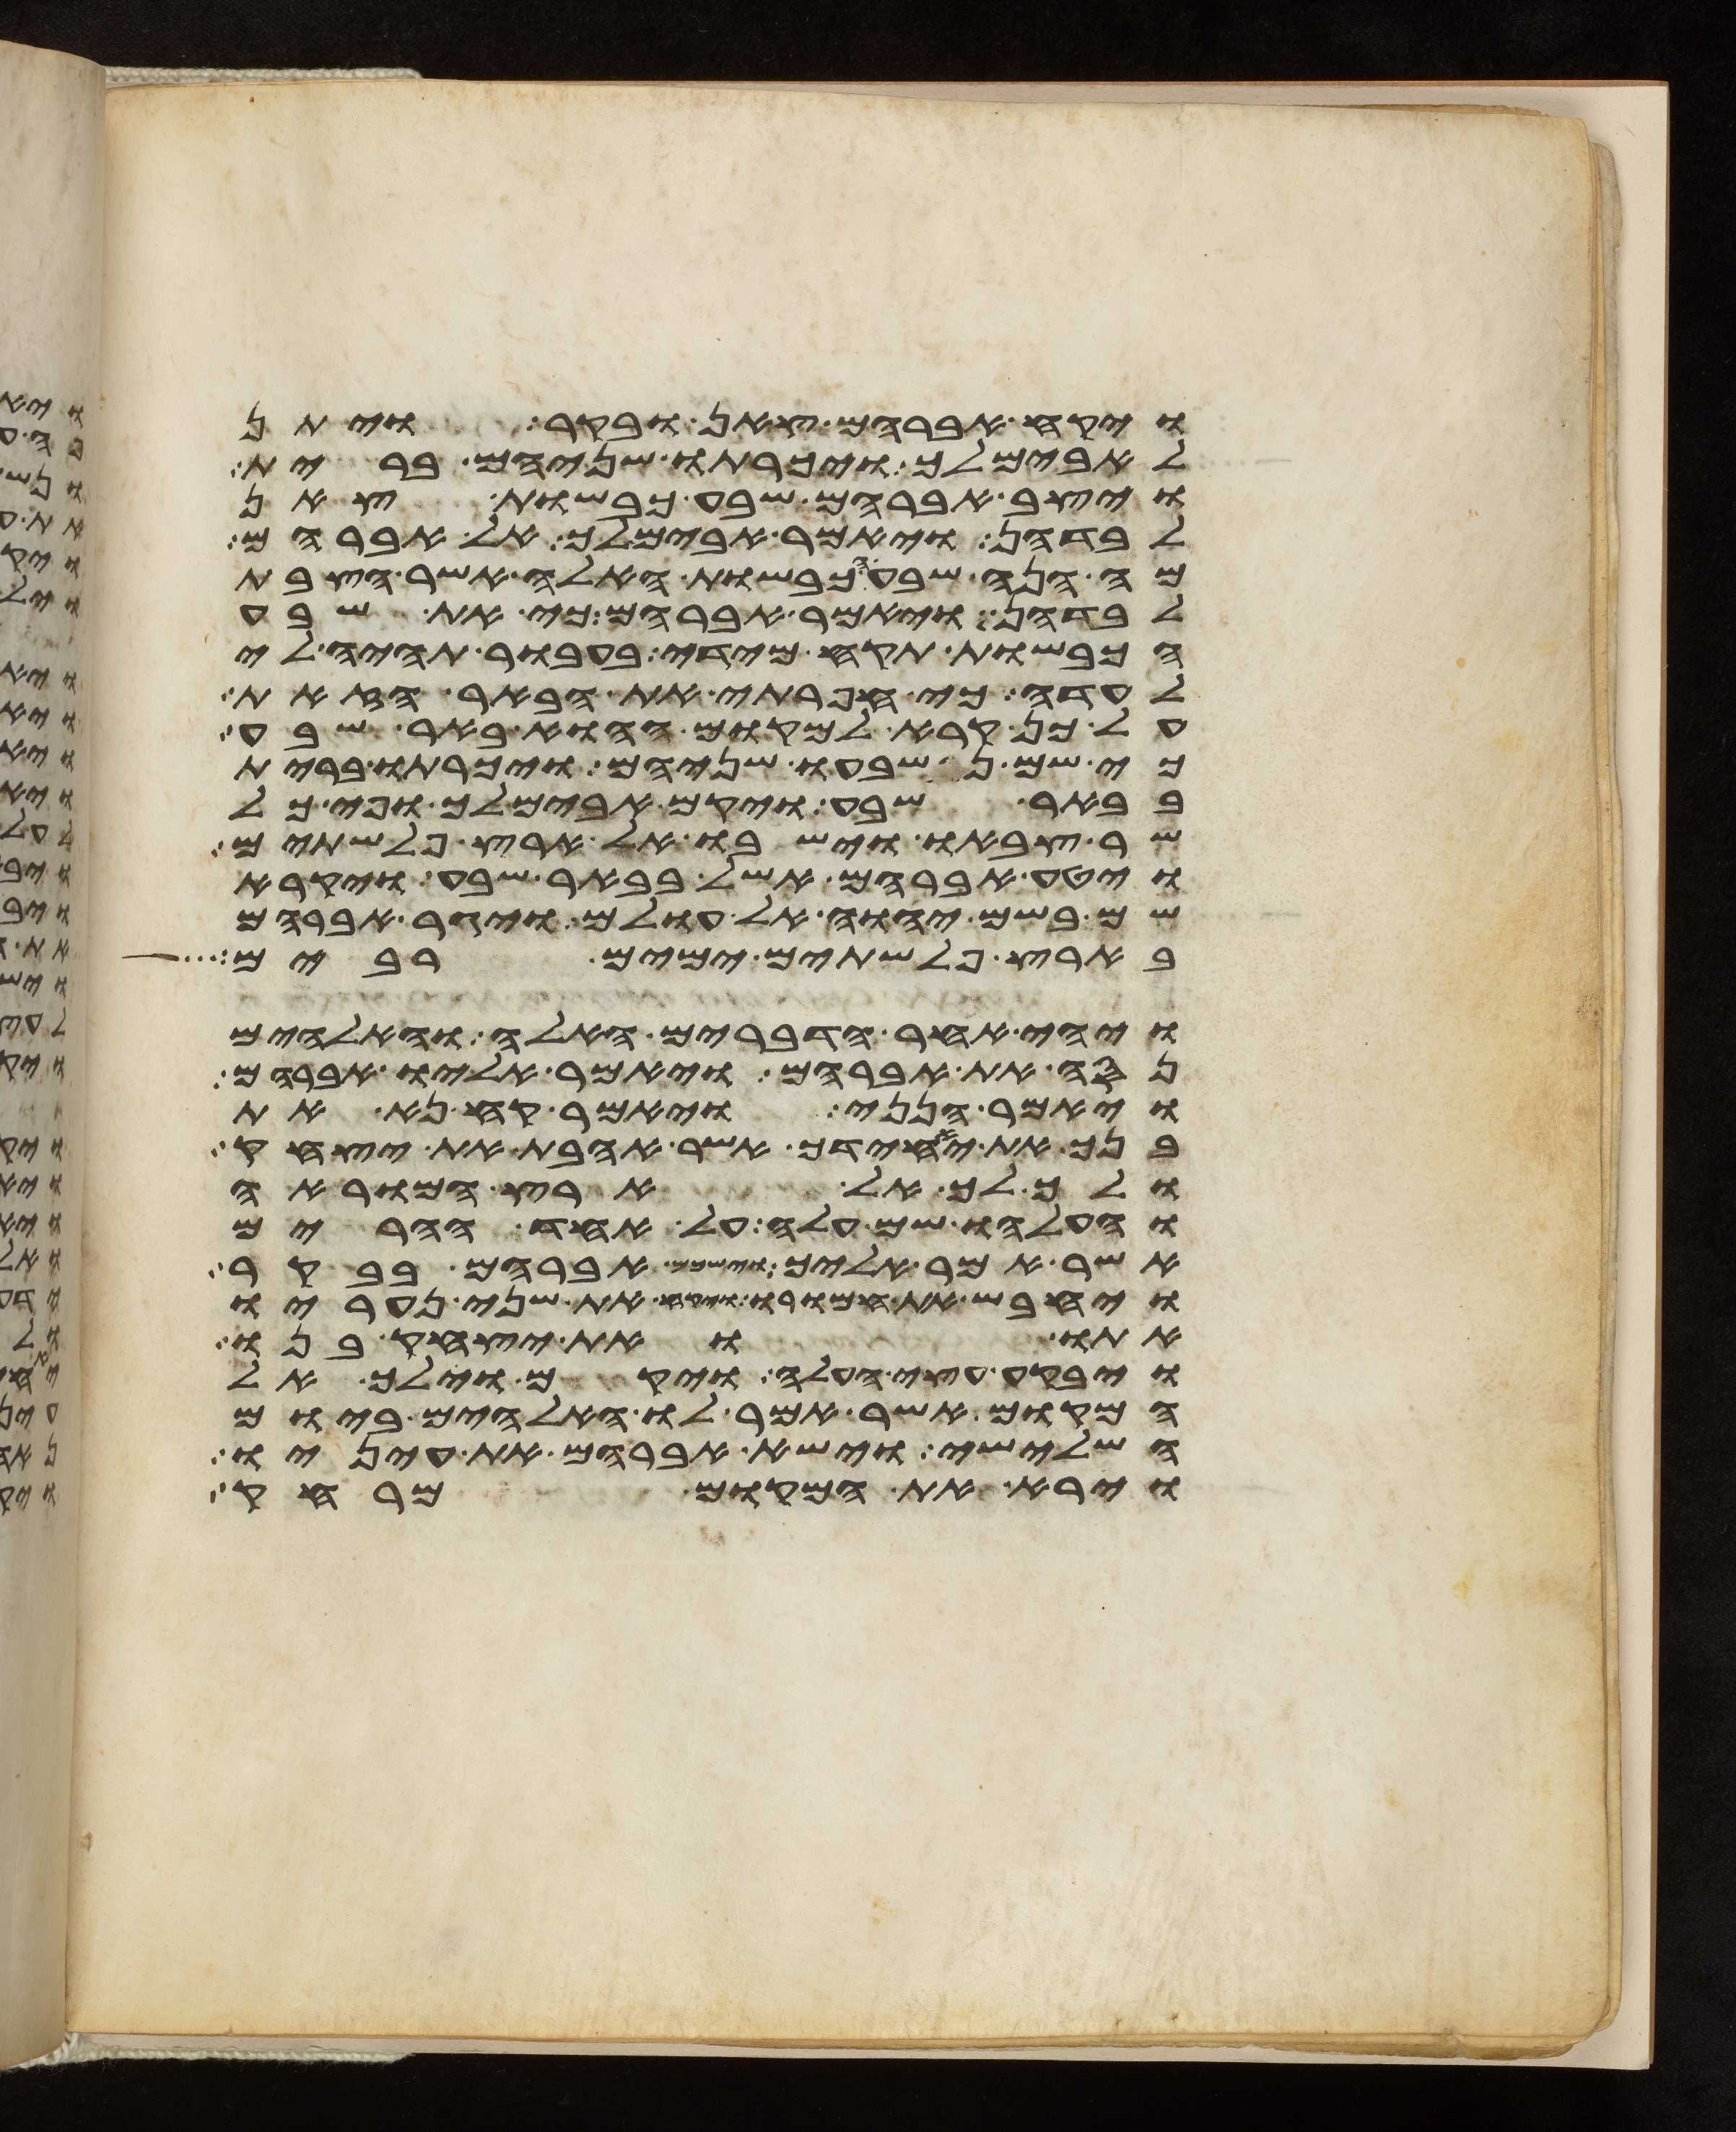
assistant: ויקח אברהם צאן ובקר ויתן
לאבימלך ויכרתו שניהם ברית
ויצב אברהם שבע כבשות צאן
לבדהן ויאמר אבימלך אל אברהם
מה הנה שבע הכבשות האלה אשר הצבת
לבדהן ויאמר אברהם כי את שבע
הכבשות תקח מידי בעבור תהיה לי
לעדה כי חפרתי את הבאר הזאת
על כן קרא למקום ההוא באר שבע
כי שם נשבעו שניהם ויכרתו ברית
בבאר שבע ויקם אבימלך ופי כל
שר צבאו וישבו אל ארץ פלשתים
ויטע אברהם אשל בבאר שבע ויקרא
שם בשם יהוה אל עולם ויגר אברהם
בארץ פלשתים ימים רבים
ויהי אחר הדברים האלה והאלהים
נסה את אברהם ויאמר אליו אברהם
ויאמר הנני ויאמר קח נא את
בנך את יחידך אשר אהבת את יצחק
ולך לך אל ארץ המוראה
והעלהו שם עלה על אחד ההרים
אשר אמר אליך וישכם אברהם בבקר
ויחבש את חמורו ויקח את שני נעריו
אתו ואת יצחק בנו
ויבקע עצי העלה ויקם וילך אל
המקום אשר אמר לו האלהים ביום
השלישי וישא אברהם את עיניו
וירא את המקום מרחק